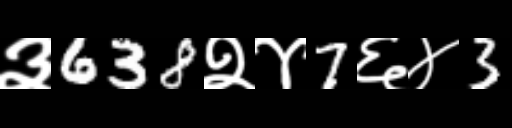
Text: ३638२४7६४3